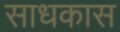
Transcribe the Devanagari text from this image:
साधकास